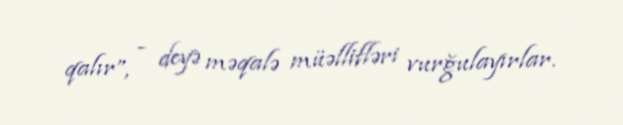
qalır”, - deyə məqalə müəllifləri vurğulayırlar.